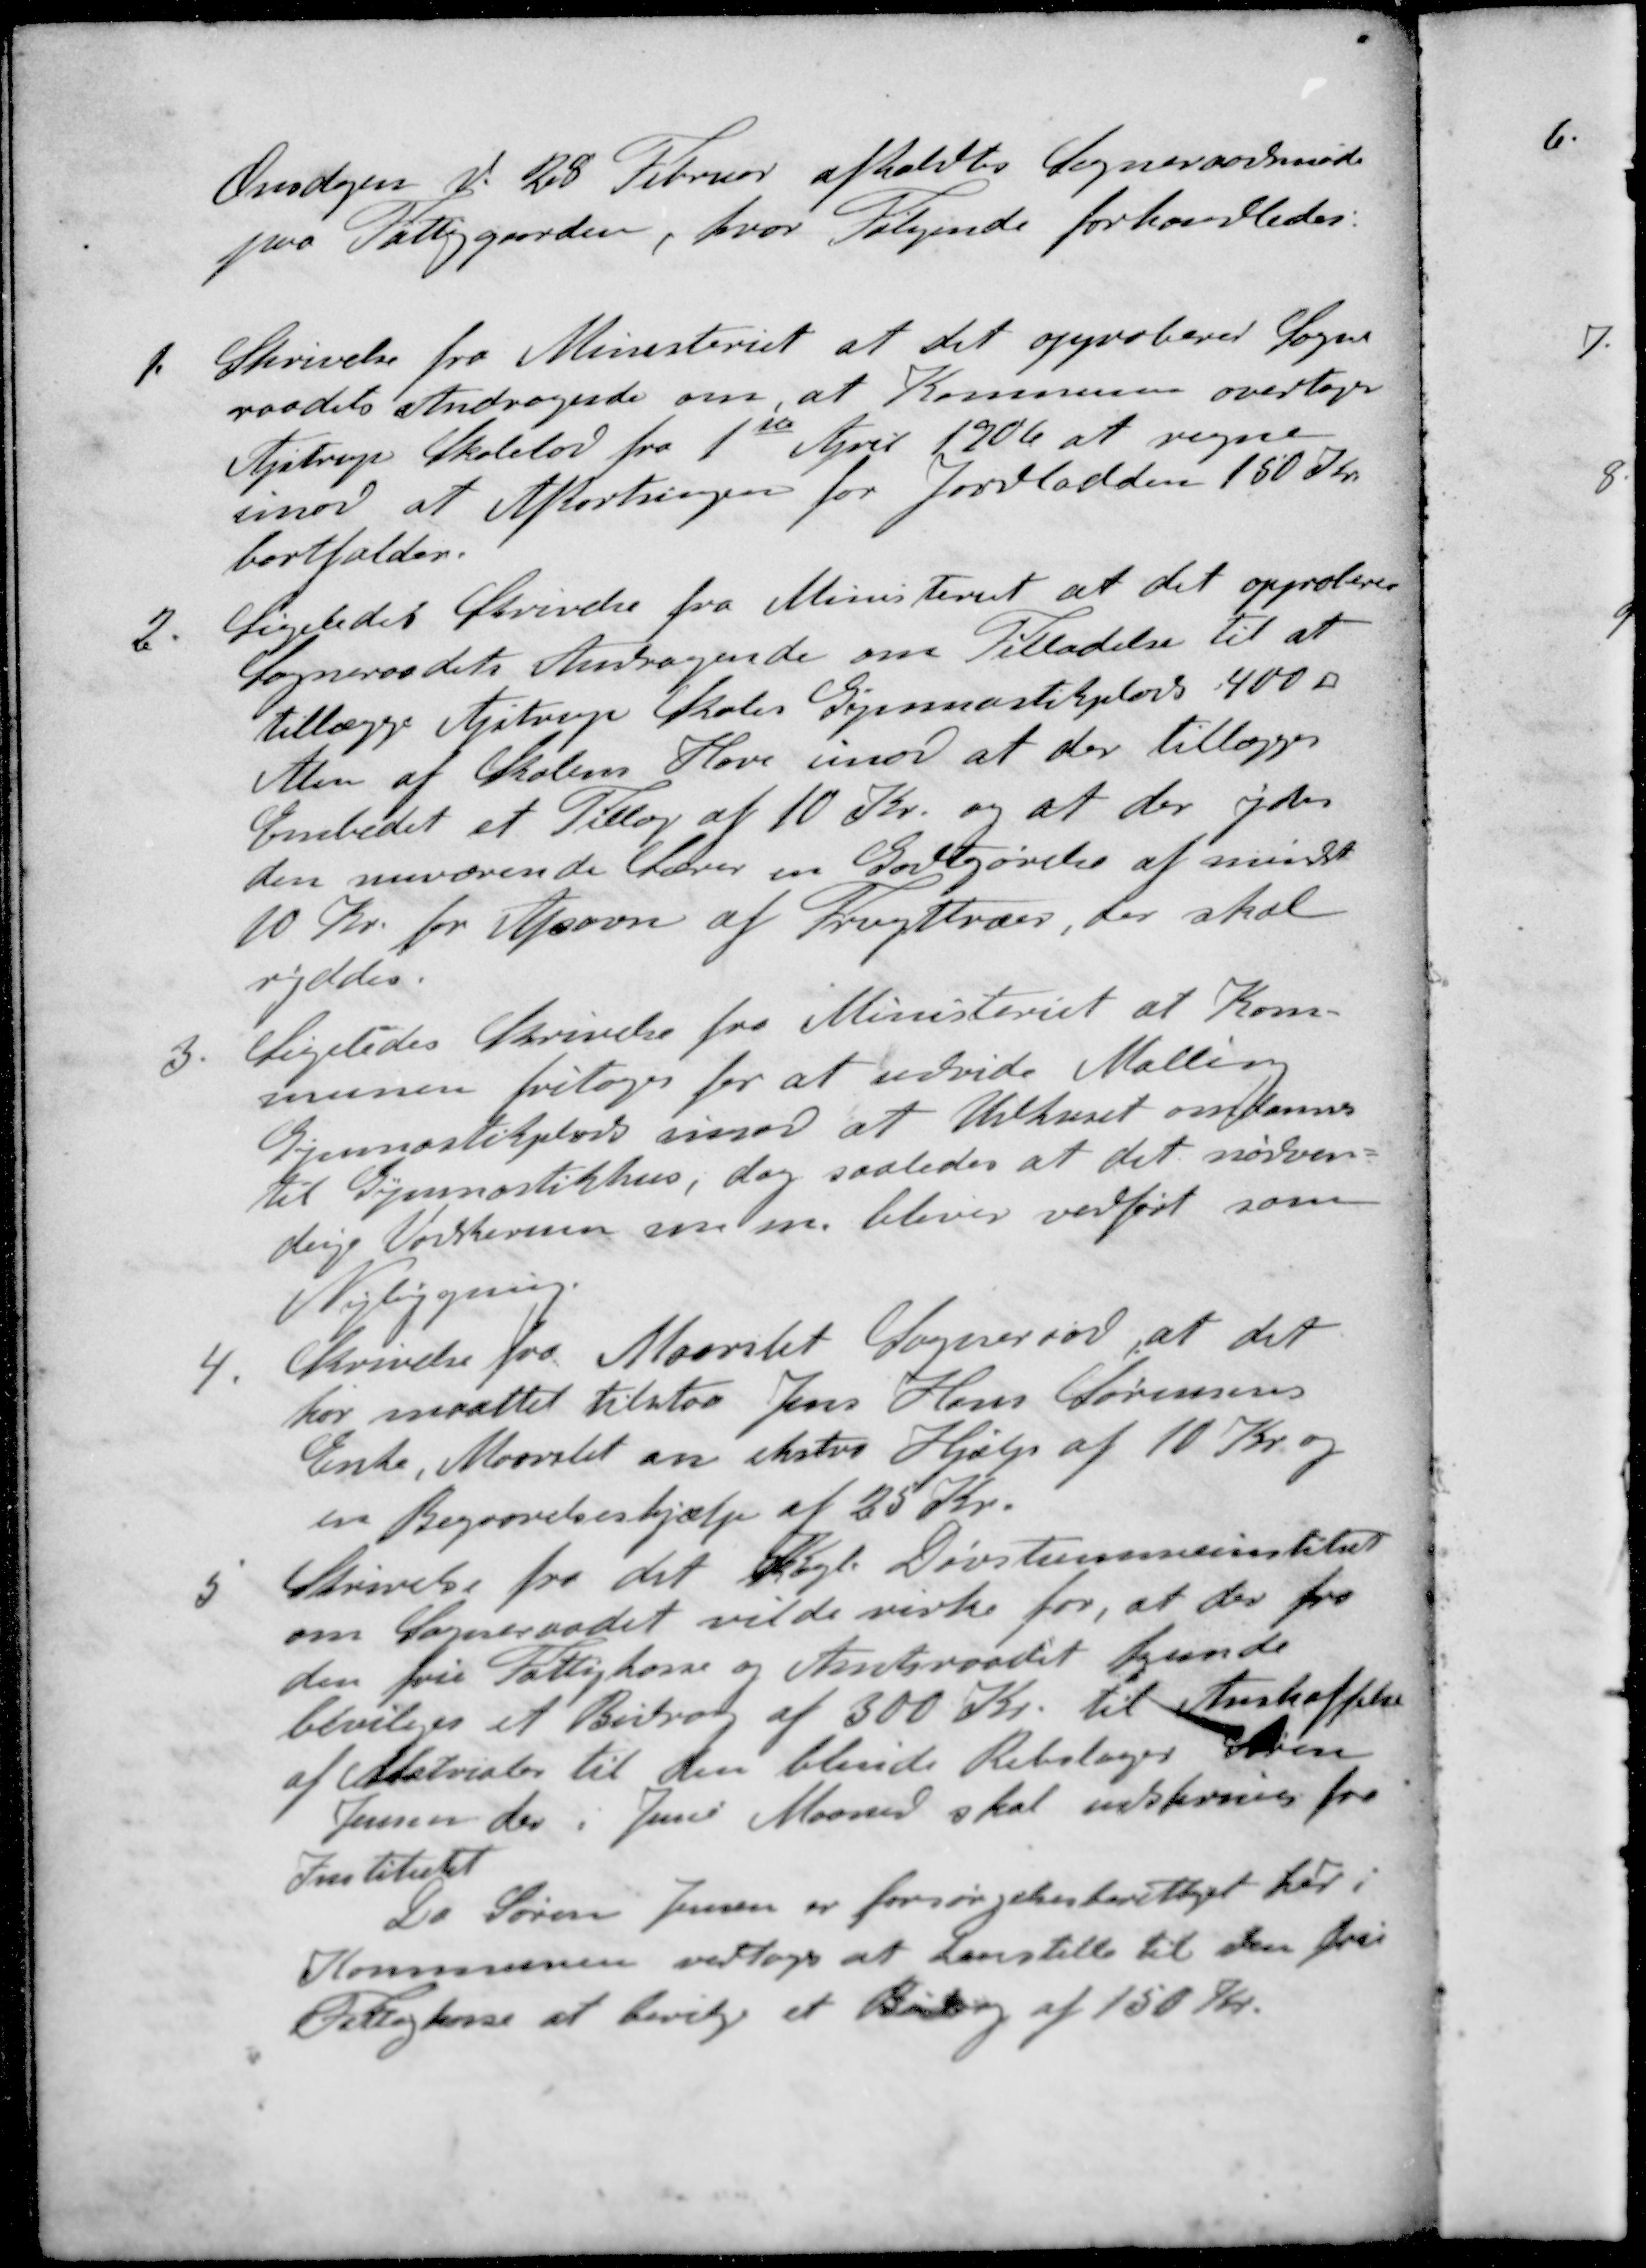
Transskription:
Onsdagen d. 28 Februar afholdtes Sogneraadsmøde
paa Fattiggården, hvor Følgende forhandledes:
1. Skrivelse fra Ministeriet at det approberer Sogne.
raadets Andragende om, at Kommunen overtager
Ajstrup Skolelod fra 1ste April 1906 at regne
imod at Afkortningen for Jordlodden 150 Kr.
bortfalder.
2. Ligeledes Skrivelse fra Ministeriet at det approberer
Sogneraadets Andragende om Tilladelse til at
tillægge Astrup Skoles Gymnastikplads 400 ⁥
Alen af Skolens Have imod at der tillægges
Embedet et Tillæg af 10 Kr. og at der ydes
den nuværende Lærer en Godtgørelse af mindst
10 Kr. for Afsavn af Frugttræer, der skal
ryddes.
3. Ligeledes Skrivelse fra Ministeriet at Kom-
munen fritages for at udvide Malling
Gymastikplads imod at Udhuset omdannes
til Gymnastikhus, dog saaledes at det nødven-
dige Vaskerum som nu bliver overført som
Nybygning.
4. Skrivelse fra Maarslet Sogneraad, at det
har maattet tilstaa Jens Hans Sørensens
Enke, Maarslet en ekstra Hjælp af 10 Kr. og
en Begravelseshjælp af 25 Kr.
5. Skrivelse fra det kgl. Døvstummeinstitut
om Sogneraadet vilde virke for, at der fra 
den frie Fattigkasse og Amtsraadet kunde
bevilges et Bidrag af 300 Kr. til Anskaffelse
af Materialer til den blinde Rebslager Søren
Jensen der i Juni Maaned skal udskrives fra
Institutet
Da Søren Jensen er forsørgelsesberettiget her i
Kommunen vedtoges at henstille til den fri
Fattigkasse at bevilge et Bidrag af 150 Kr.